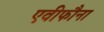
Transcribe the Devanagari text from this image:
एवीफौना